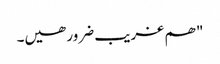
" ھم غریب ضرور ھیں۔